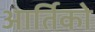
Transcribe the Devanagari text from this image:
आर्तिको